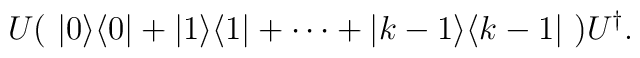
U(\ |0\rangle\langle 0|+|1\rangle\langle 1|+\cdots +|k-1\rangle\langle k-1|\ )U^\dagger.